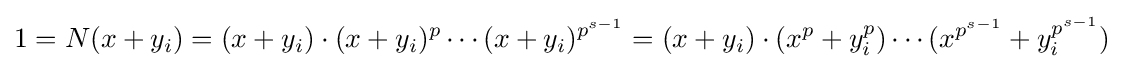
1=N(x+y_{i})=(x+y_{i})\cdot (x+y_{i})^{p}\cdots (x+y_{i})^{p^{s-1}}=(x+y_{i})\cdot (x^{p}+y_{i}^{p})\cdots (x^{p^{s-1}}+y_{i}^{p^{s-1}})